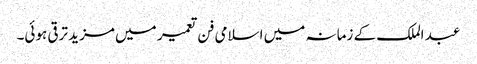
عبد الملک کے زمانہ میں اسلامی فن تعمیر میں مزید ترقی ہوئی۔